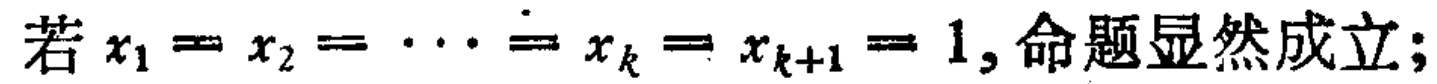
若 \(x_1 = x_2 = \cdots = x_k = x_{k + 1} = 1\), 命题显然成立；